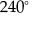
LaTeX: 2 4 0 ^ { \circ }